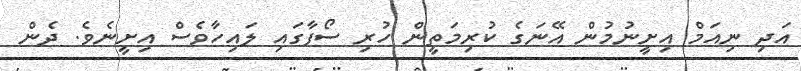
އަދި ނިއަމް އިށީނުމުން އޭނަގެ ކުރިމަތީން ހުރި ސޯފާގައި ލައިހާވެސް އިށީނެވެ. ދެން